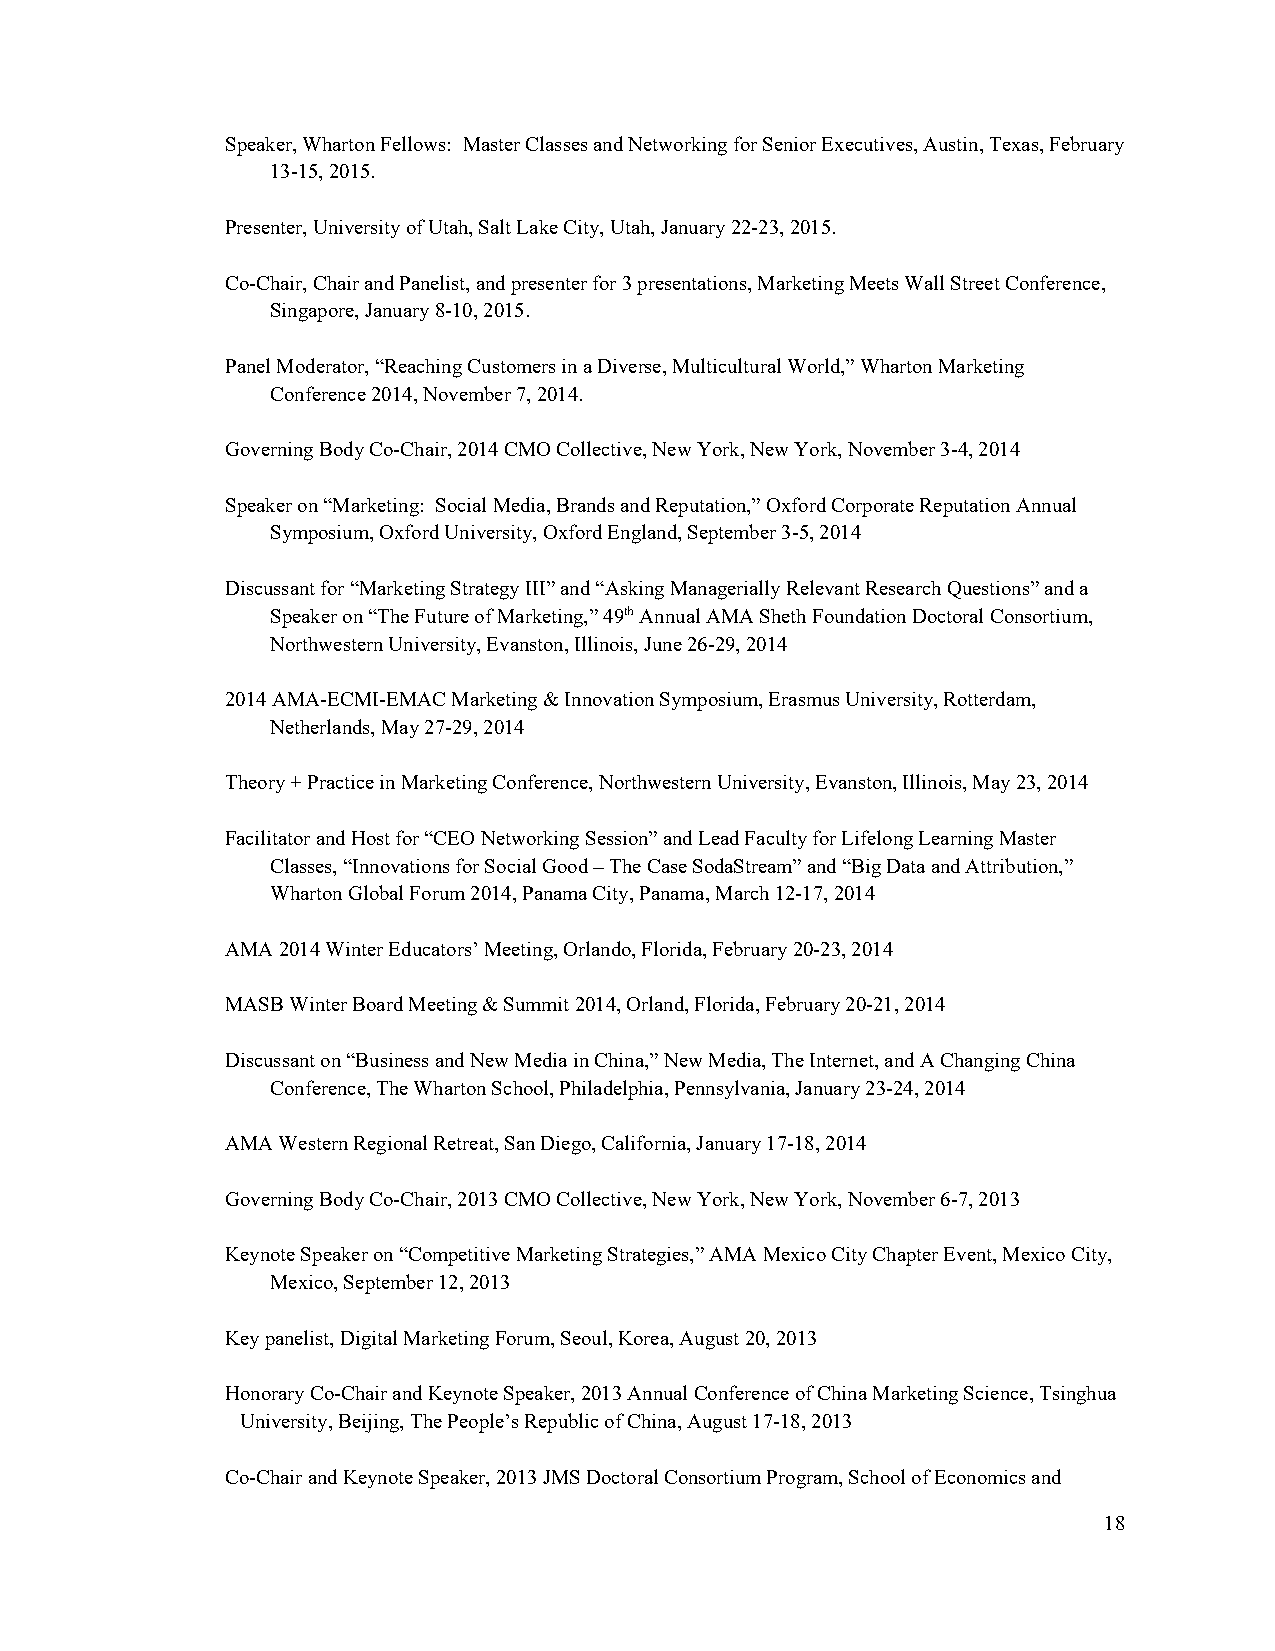
Speaker, Wharton Fellows: Master Classes and Networking for Senior Executives, Austin, Texas, February
 13-15, 2015.
 Presenter, University of Utah, Salt Lake City, Utah, January 22-23, 2015.
 Co-Chair, Chair and Panelist, and presenter for 3 presentations, Marketing Meets Wall Street Conference,
 Singapore, January 8-10, 2015.
 Panel Moderator, “Reaching Customers in a Diverse, Multicultural World,” Wharton Marketing
 Conference 2014, November 7, 2014.
 Governing Body Co-Chair, 2014 CMO Collective, New York, New York, November 3-4, 2014
 Speaker on “Marketing: Social Media, Brands and Reputation,” Oxford Corporate Reputation Annual
 Symposium, Oxford University, Oxford England, September 3-5, 2014
 Discussant for “Marketing Strategy III” and “Asking Managerially Relevant Research Questions” and a
 Speaker on “The Future of Marketing,” 49th Annual AMA Sheth Foundation Doctoral Consortium,
 Northwestern University, Evanston, Illinois, June 26-29, 2014
 2014 AMA-ECMI-EMAC Marketing & Innovation Symposium, Erasmus University, Rotterdam,
 Netherlands, May 27-29, 2014
 Theory + Practice in Marketing Conference, Northwestern University, Evanston, Illinois, May 23, 2014
 Facilitator and Host for “CEO Networking Session” and Lead Faculty for Lifelong Learning Master
 Classes, “Innovations for Social Good – The Case SodaStream” and “Big Data and Attribution,”
 Wharton Global Forum 2014, Panama City, Panama, March 12-17, 2014
 AMA 2014 Winter Educators’ Meeting, Orlando, Florida, February 20-23, 2014
 MASB Winter Board Meeting & Summit 2014, Orland, Florida, February 20-21, 2014
 Discussant on “Business and New Media in China,” New Media, The Internet, and A Changing China
 Conference, The Wharton School, Philadelphia, Pennsylvania, January 23-24, 2014
 AMA Western Regional Retreat, San Diego, California, January 17-18, 2014
 Governing Body Co-Chair, 2013 CMO Collective, New York, New York, November 6-7, 2013
 Keynote Speaker on “Competitive Marketing Strategies,” AMA Mexico City Chapter Event, Mexico City,
 Mexico, September 12, 2013
 Key panelist, Digital Marketing Forum, Seoul, Korea, August 20, 2013
 Honorary Co-Chair and Keynote Speaker, 2013 Annual Conference of China Marketing Science, Tsinghua
 University, Beijing, The People’s Republic of China, August 17-18, 2013
 Co-Chair and Keynote Speaker, 2013 JMS Doctoral Consortium Program, School of Economics and
 18